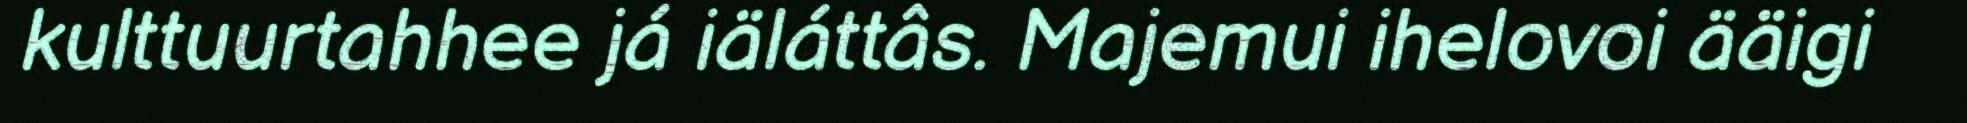
kulttuurtahhee já iäláttâs. Majemui ihelovoi ääigi